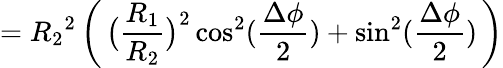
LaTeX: ={R_{2}}^{2}\, \bigg(\, \big(\frac{R_{1}}{R_{2}}\big)^{2}\cos^{2}(\frac{\Delta\phi}{2})+\sin^{2}(\frac{\Delta\phi}{2})\, \bigg)